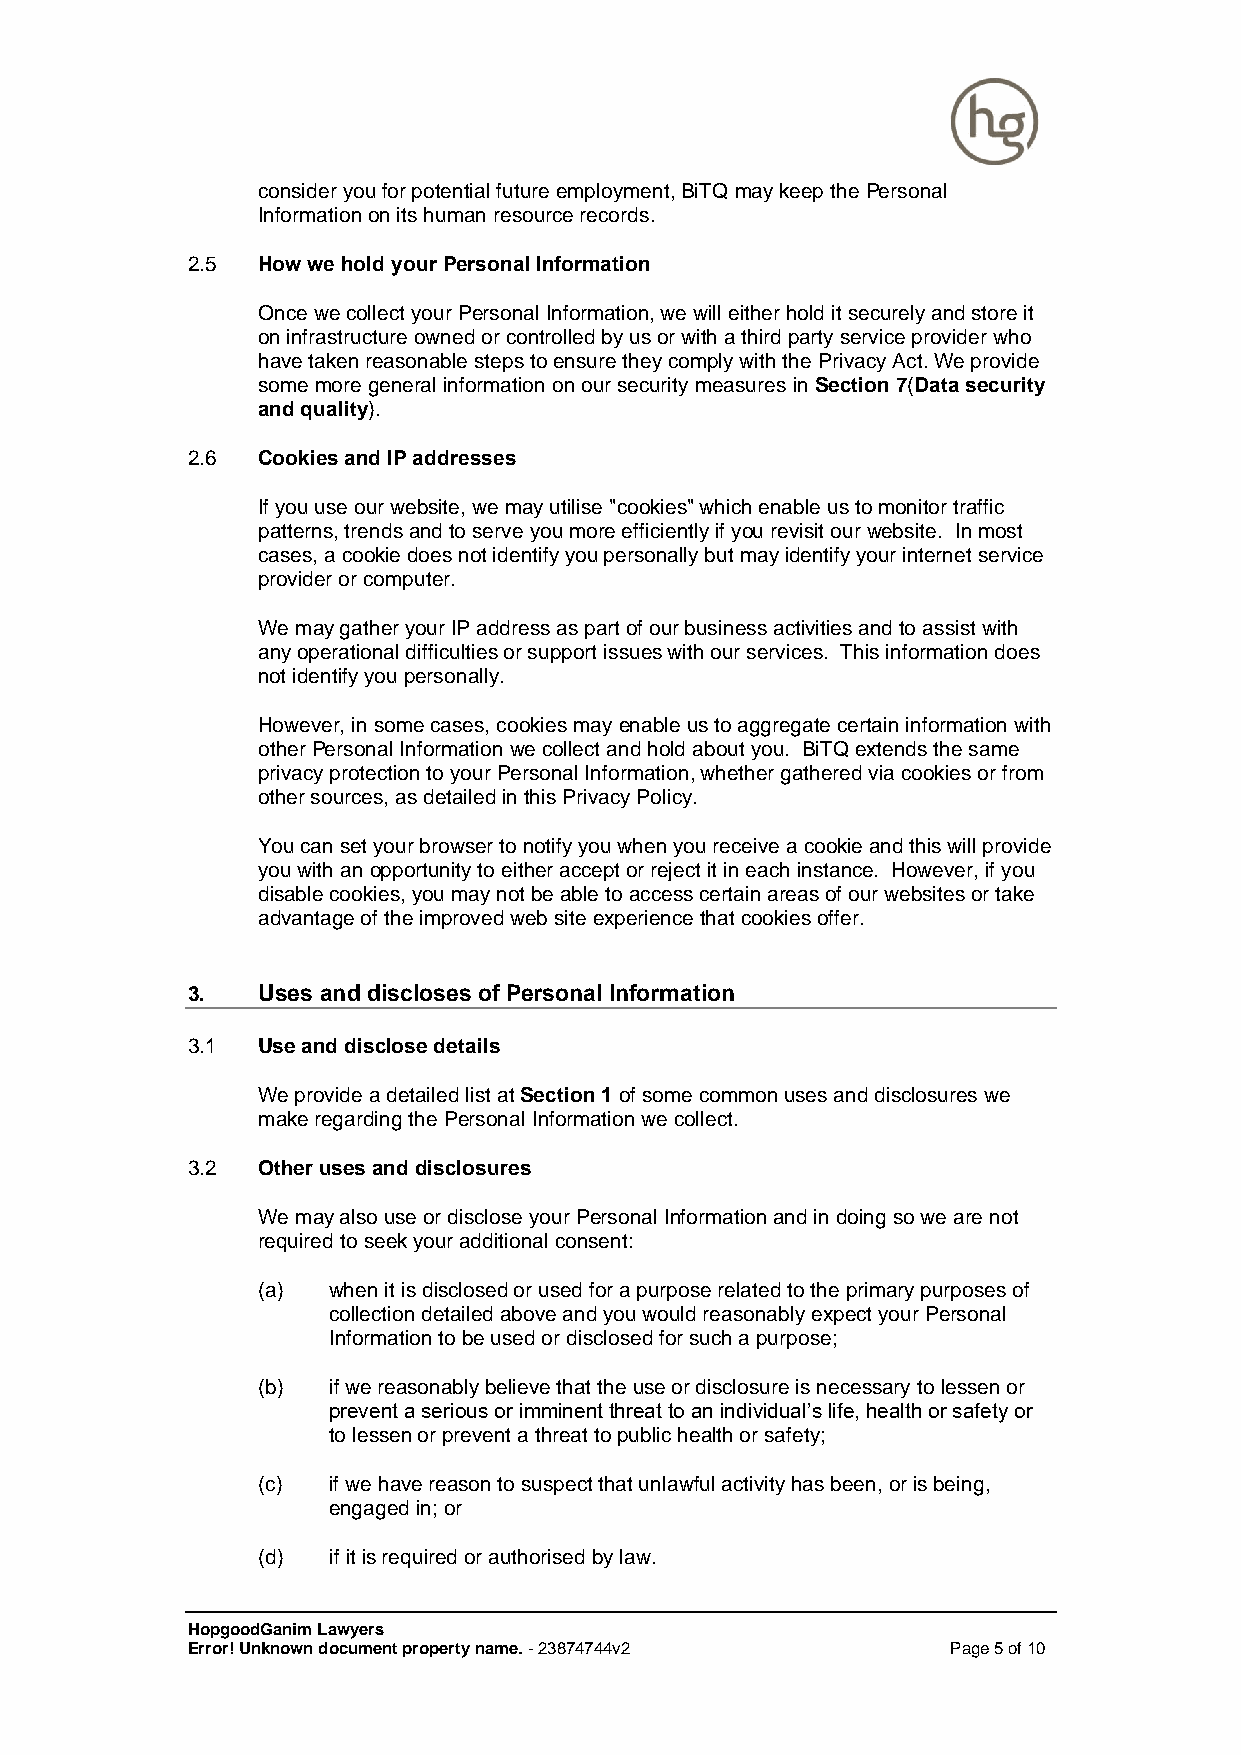
consider you for potential future employment, BiTQ may keep the Personal
 Information on its human resource records.
 2.5  How we hold your Personal Information
 Once we collect your Personal Information, we will either hold it securely and store it
 on infrastructure owned or controlled by us or with a third party service provider who
 have taken reasonable steps to ensure they comply with the Privacy Act. We provide
 some more general information on our security measures in Section 7(Data security
 and quality).
 2.6  Cookies and IP addresses
 If you use our website, we may utilise "cookies" which enable us to monitor traffic
 patterns, trends and to serve you more efficiently if you revisit our website. In most
 cases, a cookie does not identify you personally but may identify your internet service
 provider or computer.
 We may gather your IP address as part of our business activities and to assist with
 any operational difficulties or support issues with our services. This information does
 not identify you personally.
 However, in some cases, cookies may enable us to aggregate certain information with
 other Personal Information we collect and hold about you. BiTQ extends the same
 privacy protection to your Personal Information, whether gathered via cookies or from
 other sources, as detailed in this Privacy Policy.
 You can set your browser to notify you when you receive a cookie and this will provide
 you with an opportunity to either accept or reject it in each instance. However, if you
 disable cookies, you may not be able to access certain areas of our websites or take
 advantage of the improved web site experience that cookies offer.
 3.   Uses and discloses of Personal Information
 3.1  Use and disclose details
 We provide a detailed list at Section 1 of some common uses and disclosures we
 make regarding the Personal Information we collect.
 3.2  Other uses and disclosures
 We may also use or disclose your Personal Information and in doing so we are not
 required to seek your additional consent:
 (a)  when it is disclosed or used for a purpose related to the primary purposes of
 collection detailed above and you would reasonably expect your Personal
 Information to be used or disclosed for such a purpose;
 (b)  if we reasonably believe that the use or disclosure is necessary to lessen or
 prevent a serious or imminent threat to an individual’s life, health or safety or
 to lessen or prevent a threat to public health or safety;
 (c)  if we have reason to suspect that unlawful activity has been, or is being,
 engaged in; or
 (d)  if it is required or authorised by law.
 HopgoodGanim Lawyers
 Error! Unknown document property name. - 23874744v2 Page 5 of 10